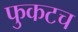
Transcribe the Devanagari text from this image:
फुकटच